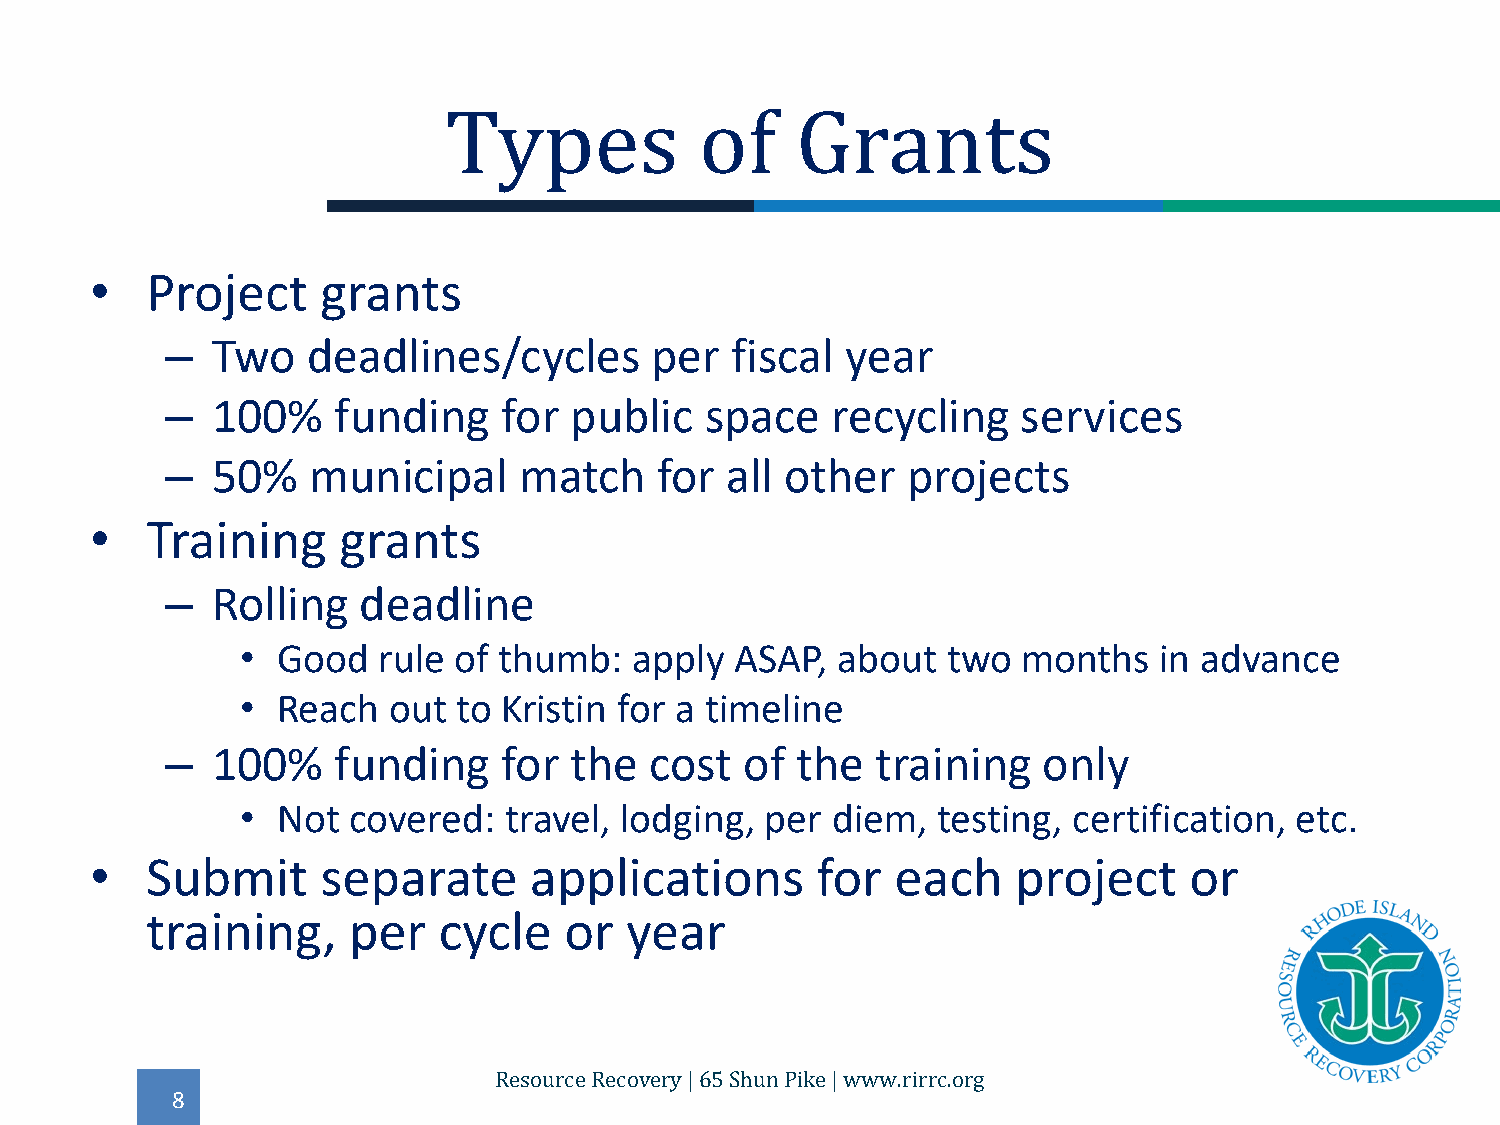
•   Project    grants
 Types            of     Grants
 –  Two   deadlines/cycles       per  fiscal  year
 –  100%    funding    for  public   space   recycling    services
 –  50%   municipal     match    for  all other   projects
 •   Training    grants
 –  Rolling   deadline
 • Good   rule of thumb:   apply  ASAP, about   two  months   in advance
 • Reach   out to Kristin for a timeline
 –  100%    funding    for  the  cost  of  the  training   only
 • Not  covered:  travel, lodging,  per diem,  testing, certification, etc.
 •   Submit     separate      applications       for  each    project     or
 training,    per   cycle   or  year
 8
 Resource Recovery | 65 Shun Pike | www.rirrc.org